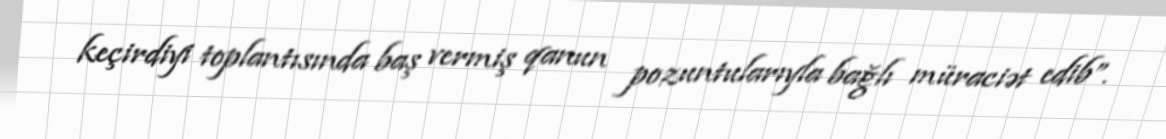
keçirdiyi toplantısında baş vermiş qanun pozuntularıyla bağlı müraciət edib”.